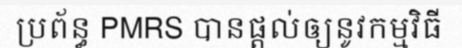
ប្រព័ន្ធ PMRS បានផ្តល់ឲ្យនូវកម្មវិធី